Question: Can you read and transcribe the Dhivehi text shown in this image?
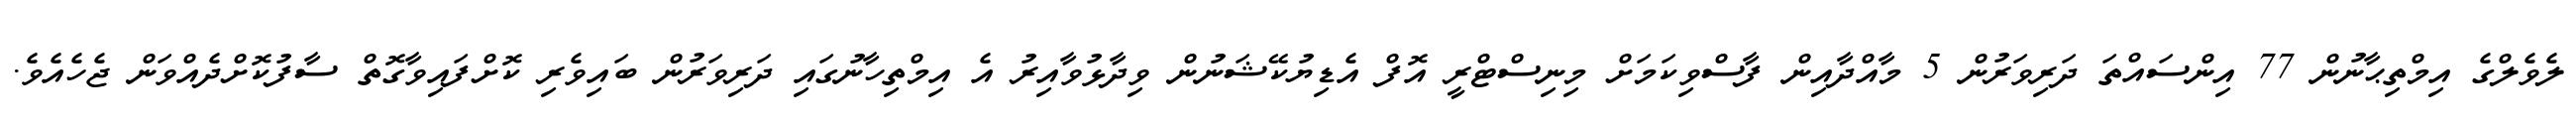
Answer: ލެވެލްގެ އިމްތިޙާނުން 77 އިންސައްތަ ދަރިވަރުން 5 މާއްދާއިން ފާސްވިކަމަށް މިނިސްޓްރީ އޮފް އެޑިޔުކޭޝަނުން ވިދާޅުވާއިރު އެ އިމްތިހާނުގައި ދަރިވަރުން ބައިވެރި ކޮށްފައިވާގޮތް ސާފުކޮށްދެއްވަން ޖެހެއެވެ.